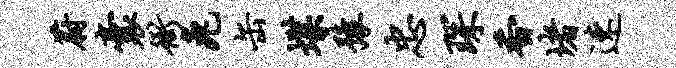
蔚囊衙兔缶堞豫忠琛香堵速